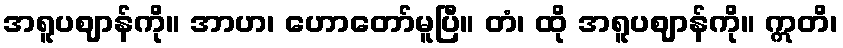
အရူပဈာန်ကို။ အာဟ၊ ဟောတော်မူပြီ။ တံ၊ ထို အရူပဈာန်ကို။ ဣတိ၊